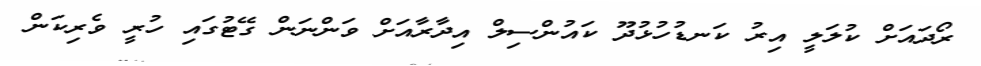
ރޯދައަށް ކުލަލީ އިރު ކަނޑުހުޅުދޫ ކައުންސިލް އިދާރާއަށް ވަންނަން ގޭޓުގައި ހުރީ ވެރިކަން